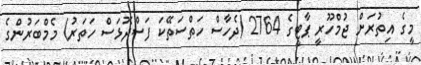
މީގެ އިތުރަށް ޖުމްހޫރީ ޕާޓީގެ 2764 (ދެހާސް ހަތްސަތޭކަ ފަސްދޮޅަސް ހަތަރު) މެމްބަރުންގެ